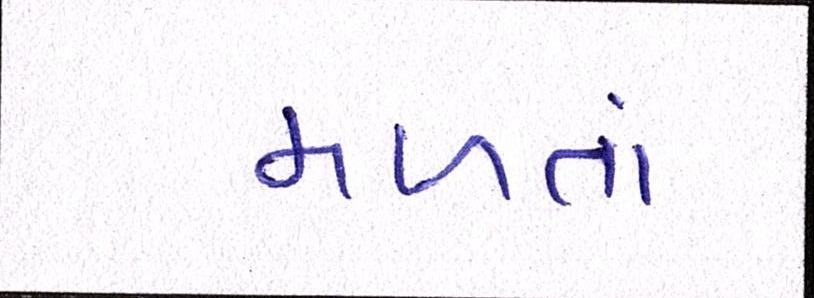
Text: મળતાં